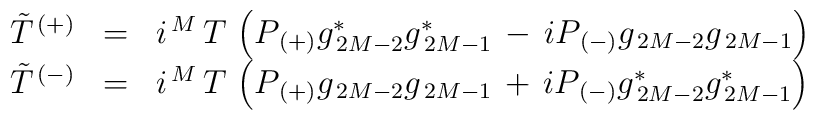
\begin{array}{ccl}\tilde{T}^{\, (+)} & = &i^{\, M}\, T\,\left(P_{\,(+)} g_{\, 2M-2}^{\ast}g_{\, 2M-1}^{\ast}\,-\, i P_{\, (-)} g_{\, 2M-2}g_{\, 2M-1} \right)  \\\tilde{T}^{\, (-)} & = &i^{\, M}\, T\,\left(P_{\, (+)} g_{\, 2M-2}g_{\, 2M-1}\,+\, i P_{\, (-)} g_{\, 2M-2}^{\ast}g_{\, 2M-1}^{\ast} \right)\end{array}